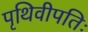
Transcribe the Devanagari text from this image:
पृथिवीपतिः